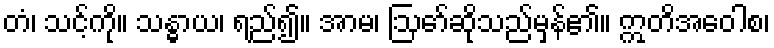
တံ၊ သင့်ကို။ သန္ဓာယ၊ ရည်၍။ အာမ၊ ဩော်ဆိုသည်မှန်၏။ ဣတိအဝေါစ၊